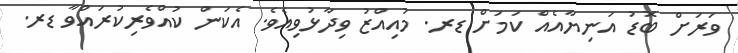
ވަރަށް ބޮޑު އަނިޔާއެއް ކަމަށް ޑރ. މުއިއްޒު ވިދާޅުވިއެވެ. އެކަން ކުއްވެރިކުރައްވާ ޑރ.